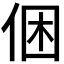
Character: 𠉍